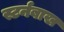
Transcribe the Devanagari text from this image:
स्टर्नबाख